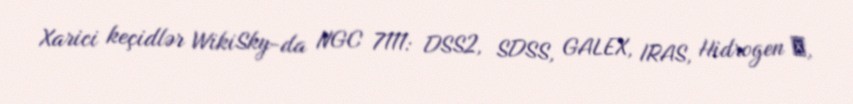
Xarici keçidlər WikiSky-da NGC 7111: DSS2, SDSS, GALEX, IRAS, Hidrogen α,